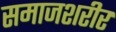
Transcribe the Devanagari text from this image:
समाजशरीर